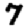
Digit: 7